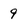
Character: 9